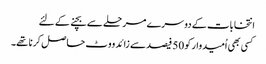
انتخابات کے دوسرے مرحلے سے بچنے کے لئے
کسی بھی اُمیدوار کو 50 فیصد سے زائد ووٹ حاصل کرنا تھے۔